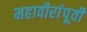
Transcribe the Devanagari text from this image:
महावीरांंपूर्वी